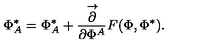
\Phi _ { A } ^ { * } = \Phi _ { A } ^ { * } + \frac { \stackrel { \rightarrow } { \partial } } { \partial \Phi ^ { A } } F ( \Phi , \Phi ^ { * } ) .